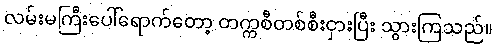
လမ်းမကြီးပေါ်ရောက်တော့ တက္ကစီတစ်စီးငှားပြီး သွားကြသည်။